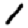
Digit: 1